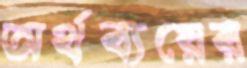
অর্থব্যয়ের